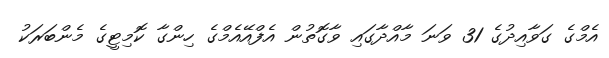
އެމްގެ ގަވާއިދުގެ 31 ވަނަ މާއްދާގައި ވާގޮތުން އެފްއޭއެމްގެ ހިންގާ ކޮމިޓީގެ މެންބަރަކު